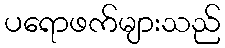
ပရောဖက်များသည်